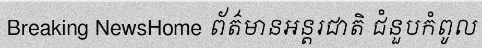
Breaking NewsHome ព័ត៌មានអន្តរជាតិ ជំនួបកំពូល